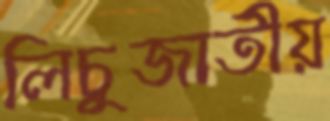
লিচুজাতীয়